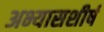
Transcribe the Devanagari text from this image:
अभ्यासशीर्ष